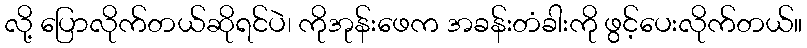
လို့ ပြောလိုက်တယ်ဆိုရင်ပဲ၊ ကိုအုန်းဖေက အခန်းတံခါးကို ဖွင့်ပေးလိုက်တယ်။